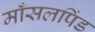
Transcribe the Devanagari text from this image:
माँसलपिंड